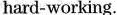
hard-working.